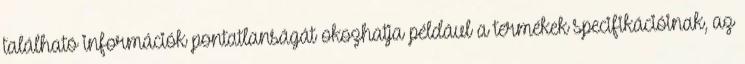
található információk pontatlanságát okozhatja például a termékek specifikációinak, az